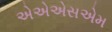
એએએસએમ